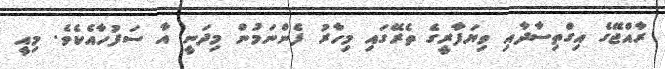
ރާއްޖޭގެ އިގްތިސާދާއި ވިޔަފާރީގެ ތެރޭގައި މިހާރު ފެންނަމުން މިދަނީ އާ ސަފުހާއެކެވެ. މިއީ